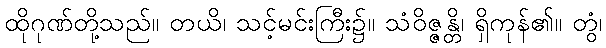
ထိုဂုဏ်တို့သည်။ တယိ၊ သင့်မင်းကြီး၌။ သံဝိဇ္ဇန္တိ၊ ရှိကုန်၏။ တွံ၊